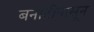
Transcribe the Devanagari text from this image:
बनोटीपासून